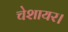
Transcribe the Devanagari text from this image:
चेशायर।